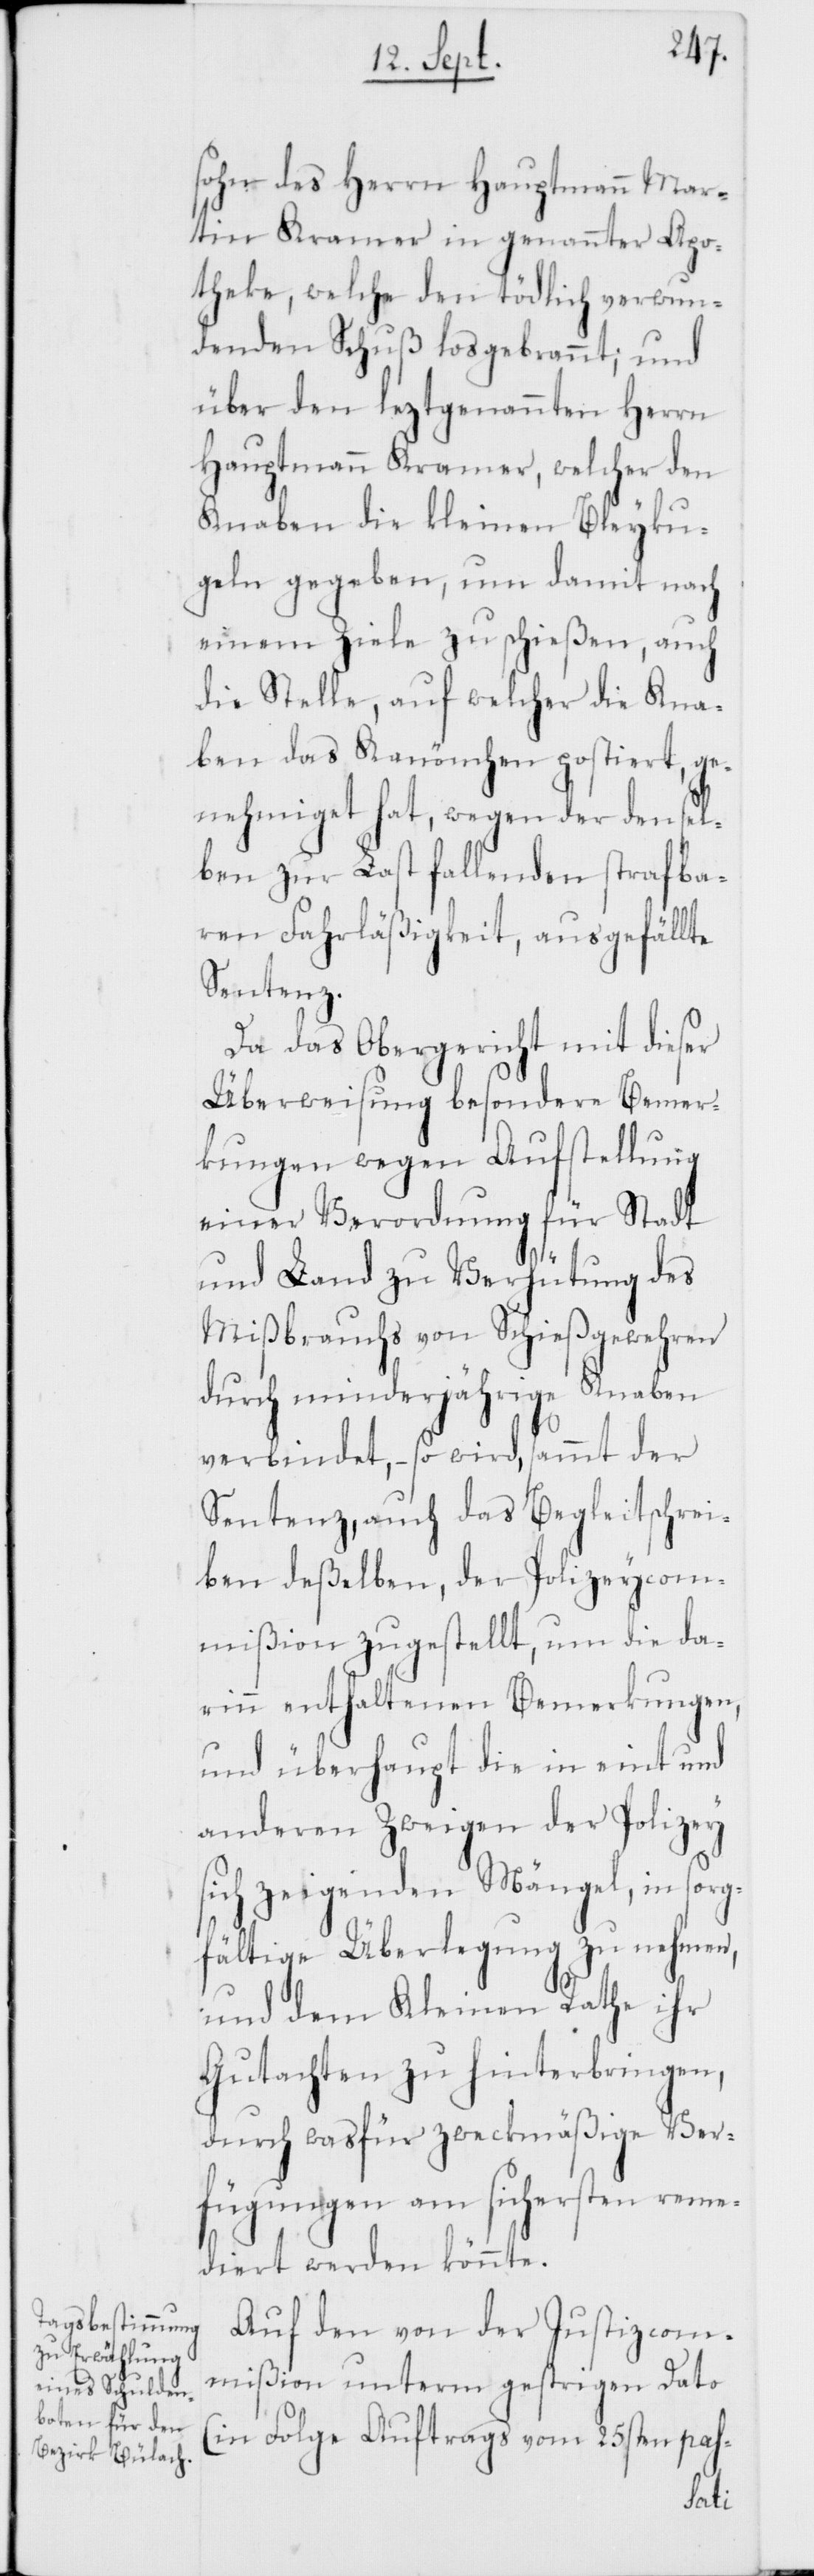
sohn des Herrn Hauptmann Mar¬
tin Kramer in genannter Apo¬
theke, welche den tödtlich verwun¬
denden Schuß losgebrannt; und
über den leztgenannten Herrn
Hauptmann Kramer, welcher den
Knaben die kleinen Bleyku¬
geln gegeben, um damit nach
einem Ziele zu schießen, auch
die Stelle, auf welcher die Kna¬
ben das Kanönchen postiert, ge¬
nehmiget hat, wegen der densel¬
ben zur Last fallenden strafba¬
ren Fahrläßigkeit, ausgefällte
Sentenz.
Da das Obergericht mit dieser
Überweisung besondere Bemer¬
kungen wegen Aufstellung
einer Verordnung für Stadt
und Land zu Verhütung des
Mißbrauchs von Schießgewehren
durch minderjährige Knaben
verbindet, – so wird, sammt der
Sentenz, auch das Begleitschrei¬
ben deßelben, der Polizeycom¬
mißion zugestellt, um die da¬
rin enthaltenen Bemerkungen,
und überhaupt die in eint und
anderen Zweigen der Polizey
sich zeigenden Mängel, in sorg¬
fältige Überlegung zu nehmen,
und dem Kleinen Rathe ihr
Gutachten zu hinterbringen,
durch was für zweckmäßige Ver¬
fügungen am sichersten reme¬
diert werden könnte.
Auf den von der Justizcom¬
mißion unterm gestrigen Dato
(in Folge Auftrags vom 25sten pas-